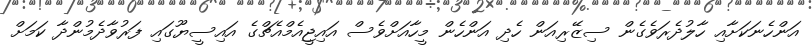
އަންހެނަކަށާއި ހާލުދެރަވެގެން ސިޒޭރިއަން ހެދި އަންހެން މީހާއަށްވެސް އައިޖީއެމްއެޗްގެ އައިސީޔޫގައި ފަރުވާދެމުންދާ ކަމަށް